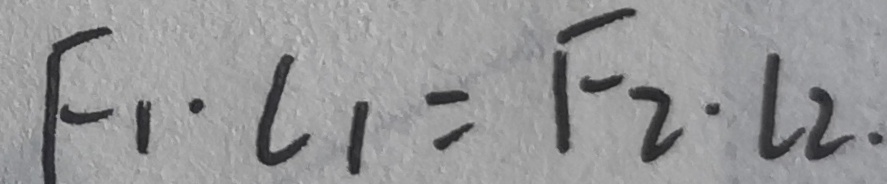
F _ { 1 } \cdot l _ { 1 } = F _ { 2 } \cdot L 2 .